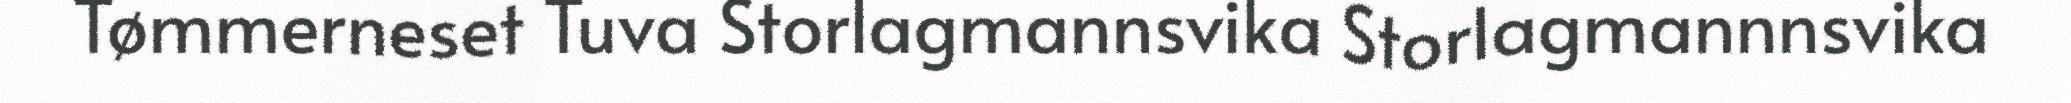
Tømmerneset Tuva Storlagmannsvika Storlagmannnsvika